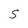
Character: S